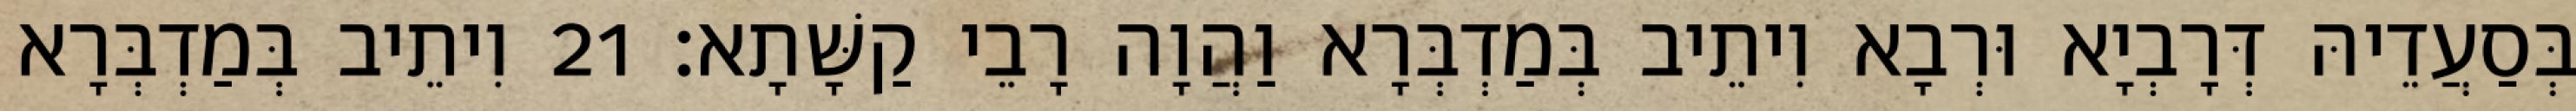
בְּסַעֲדֵיהּ דְּרָבְיָא וּרְבָא וִיתֵיב בְּמַדְבְּרָא וַהֲוָה רָבֵי קַשָּׁתָא׃ 21 וִיתֵיב בְּמַדְבְּרָא